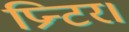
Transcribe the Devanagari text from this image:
प्रिन्टर।